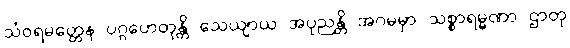
သံဝရမတ္တေန ပဂ္ဂဟေတုန္တိ သေယျာယ အပုညန္တိ အဂမမှာ သစ္စာရမ္မဏာ ဌာတု